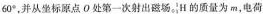
60°，并从坐标原点 О 处第一次射出磁场。^{1}_{1}H的质量为 m，电荷